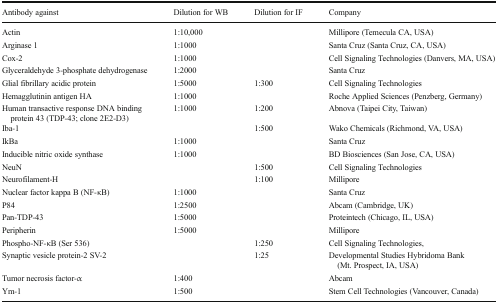
<table><thead><tr><td><b>Antibody against</b></td><td><b>Dilution for WB</b></td><td><b>Dilution for IF</b></td><td><b>Company</b></td></tr></thead><tbody><tr><td>Actin</td><td>1:10,000</td><td rowspan="4"></td><td>Millipore (Temecula CA, USA)</td></tr><tr><td>Arginase 1</td><td>1:1000</td><td>Santa Cruz (Santa Cruz, CA, USA)</td></tr><tr><td>Cox-2</td><td>1:1000</td><td>Cell Signaling Technologies (Danvers, MA, USA)</td></tr><tr><td>Glyceraldehyde 3-phosphate dehydrogenase</td><td>1:2000</td><td>Santa Cruz</td></tr><tr><td>Glial fibrillary acidic protein</td><td>1:5000</td><td>1:300</td><td>Cell Signaling Technologies</td></tr><tr><td>Hemagglutinin antigen HA</td><td>1:1000</td><td></td><td>Roche Applied Sciences (Penzberg, Germany)</td></tr><tr><td>Human transactive response DNA binding protein 43 (TDP-43; clone 2E2-D3)</td><td>1:1000</td><td>1:200</td><td>Abnova (Taipei City, Taiwan)</td></tr><tr><td>Iba-1</td><td></td><td>1:500</td><td>Wako Chemicals (Richmond, VA, USA)</td></tr><tr><td>IkBa</td><td>1:1000</td><td rowspan="2"></td><td>Santa Cruz</td></tr><tr><td>Inducible nitric oxide synthase</td><td>1:1000</td><td>BD Biosciences (San Jose, CA, USA)</td></tr><tr><td>NeuN</td><td rowspan="2"></td><td>1:500</td><td>Cell Signaling Technologies</td></tr><tr><td>Neurofilament-H</td><td>1:100</td><td>Millipore</td></tr><tr><td>Nuclear factor kappa B (NF-κB)</td><td>1:1000</td><td rowspan="4"></td><td>Santa Cruz</td></tr><tr><td>P84</td><td>1:2500</td><td>Abcam (Cambridge, UK)</td></tr><tr><td>Pan-TDP-43</td><td>1:5000</td><td>Proteintech (Chicago, IL, USA)</td></tr><tr><td>Peripherin</td><td>1:5000</td><td>Millipore</td></tr><tr><td>Phospho-NF-κB (Ser 536)</td><td rowspan="2"></td><td>1:250</td><td>Cell Signaling Technologies,</td></tr><tr><td>Synaptic vesicle protein-2 SV-2</td><td>1:25</td><td>Developmental Studies Hybridoma Bank (Mt. Prospect, IA, USA)</td></tr><tr><td>Tumor necrosis factor-α</td><td>1:400</td><td rowspan="2"></td><td>Abcam</td></tr><tr><td>Ym-1</td><td>1:500</td><td>Stem Cell Technologies (Vancouver, Canada)</td></tr></tbody></table>